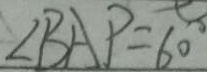
\angle B A P = 6 0 ^ { \circ }